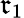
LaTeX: \mathfrak{r}_{1}